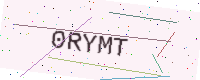
Text: 0RYMT